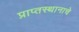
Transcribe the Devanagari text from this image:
प्राप्तस्थानाचे